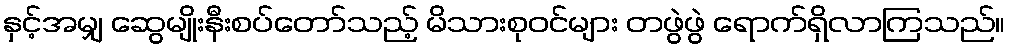
နှင့်အမျှ ဆွေမျိုးနီးစပ်တော်သည့် မိသားစုဝင်များ တဖွဲဖွဲ ရောက်ရှိလာကြသည်။